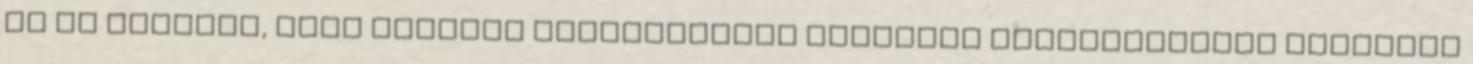
Át is öltözök, hogy immáron motorozáshoz alkalmas szerelésemben sétáljak